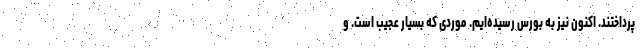
پرداختند. اکنون نیز به بورس رسیده‌ایم. موردی که بسیار عجیب است. و